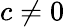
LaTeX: c\neq 0